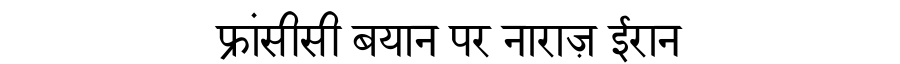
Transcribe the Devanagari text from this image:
फ्रांसीसी बयान पर नाराज़ ईरान